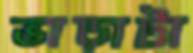
ভাড়াটা